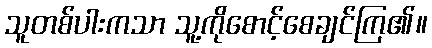
သူတစ်ပါးကသာ သူ့ကိုစောင့်စေချင်ကြ၏။